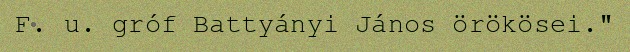
F. u. gróf Battyányi János örökösei."